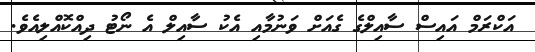
އަކްރަމް އައިސް ސާއިލްގެ ގެއަށް ވަނުމާއި އެކު ސާއިލް އެ ނޯޓު ދިއްކޮއްލިއެވެ.